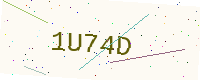
Text: 1U74D